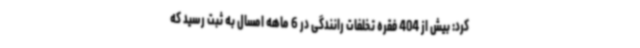
کرد: بیش از 404 فقره تخلفات رانندگی در 6 ماهه امسال به ثبت رسید که